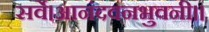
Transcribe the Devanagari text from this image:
सर्वे।आनंदवनभुवनी।।